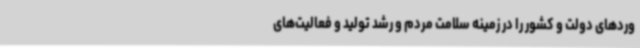
وردهای دولت و کشور را در زمینه سلامت مردم و رشد تولید و فعالیت‌های